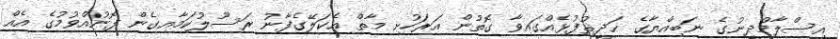
އިސްލާމްދީނުގެ ނަބިއްޔާގެ ޙަދީޘުފުޅެއްގައިވާ ގޮތުން އަރަހުށި މާތް އެކަލޭގެފާނު ރަސޫލުކަމާއިގެން ފޮނުއްވުމުގެ އެއް